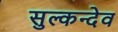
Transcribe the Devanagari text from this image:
सुल्कन्देव